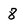
Character: 8